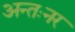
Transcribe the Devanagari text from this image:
अन्तःनर